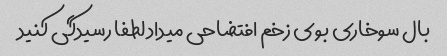
بال سوخاری بوی زخم افتضاحی میداد لطفا رسیدگی کنید